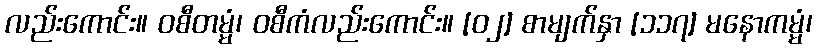
လည်းကောင်း။ ဝစီတမ္မံ၊ ဝစီကံလည်းကောင်း။ [၀၂] စာမျက်နှာ [၁၁၇] မနောကမ္မံ၊